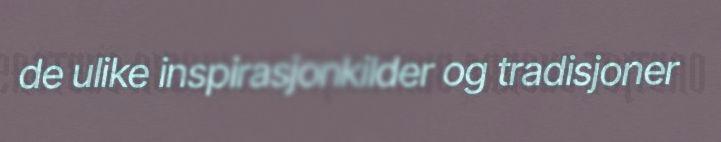
de ulike inspirasjonkilder og tradisjoner